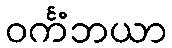
ဝင်္ကံဘယာ